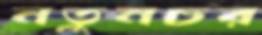
নতুনচর